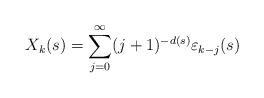
LaTeX: \begin{align*}X_k(s)=\sum_{j=0}^\infty(j+1)^{-d(s)}\varepsilon_{k-j}(s)\end{align*}